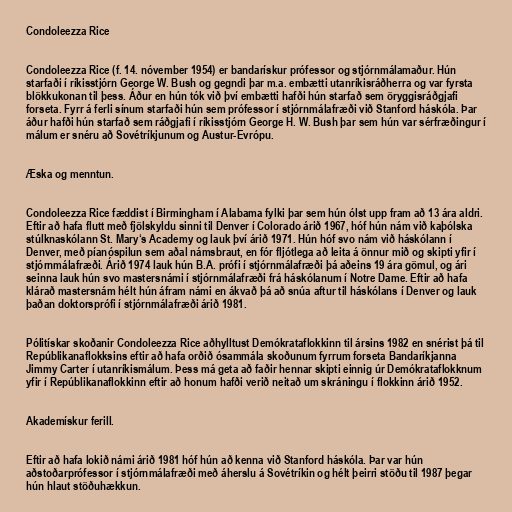
Condoleezza Rice

Condoleezza Rice (f. 14. nóvember 1954) er bandarískur prófessor og stjórnmálamaður. Hún
starfaði í ríkisstjórn George W. Bush og gegndi þar m.a. embætti utanríkisráðherra og var fyrsta
blökkukonan til þess. Áður en hún tók við því embætti hafði hún starfað sem öryggisráðgjafi
forseta. Fyrr á ferli sínum starfaði hún sem prófessor í stjórnmálafræði við Stanford háskóla. Þar
áður hafði hún starfað sem ráðgjafi í ríkisstjórn George H. W. Bush þar sem hún var sérfræðingur í
málum er snéru að Sovétríkjunum og Austur-Evrópu.

Æska og menntun.

Condoleezza Rice fæddist í Birmingham í Alabama fylki þar sem hún ólst upp fram að 13 ára aldri.
Eftir að hafa flutt með fjölskyldu sinni til Denver í Colorado árið 1967, hóf hún nám við kaþólska
stúlknaskólann St. Mary‘s Academy og lauk því árið 1971. Hún hóf svo nám við háskólann í
Denver, með píanóspilun sem aðal námsbraut, en fór fljótlega að leita á önnur mið og skipti yfir í
stjórnmálafræði. Árið 1974 lauk hún B.A. prófi í stjórnmálafræði þá aðeins 19 ára gömul, og ári
seinna lauk hún svo mastersnámi í stjórnmálafræði frá háskólanum í Notre Dame. Eftir að hafa
klárað mastersnám hélt hún áfram námi en ákvað þá að snúa aftur til háskólans í Denver og lauk
þaðan doktorsprófi í stjórnmálafræði árið 1981.

Pólitískar skoðanir Condoleezza Rice aðhylltust Demókrataflokkinn til ársins 1982 en snérist þá til
Repúblikanaflokksins eftir að hafa orðið ósammála skoðunum fyrrum forseta Bandaríkjanna
Jimmy Carter í utanríkismálum. Þess má geta að faðir hennar skipti einnig úr Demókrataflokknum
yfir í Repúblikanaflokkinn eftir að honum hafði verið neitað um skráningu í flokkinn árið 1952.

Akademískur ferill.

Eftir að hafa lokið námi árið 1981 hóf hún að kenna við Stanford háskóla. Þar var hún
aðstoðarprófessor í stjórnmálafræði með áherslu á Sovétríkin og hélt þeirri stöðu til 1987 þegar
hún hlaut stöðuhækkun.